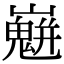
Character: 𡾛